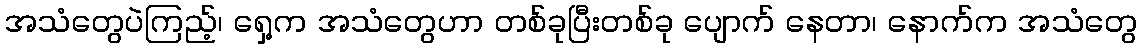
အသံတွေပဲကြည့်၊ ရှေ့က အသံတွေဟာ တစ်ခုပြီးတစ်ခု ပျောက် နေတာ၊ နောက်က အသံတွေ